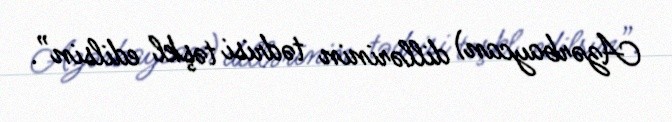
Azərbaycan) dillərinin tədrisi təşkl edilsin”.